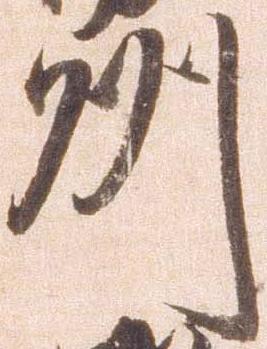
州